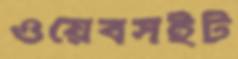
ওয়েবসইট